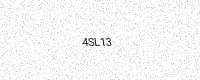
Text: 4SL13